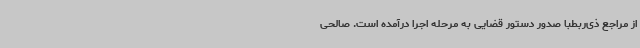
از مراجع ذی‌ربطبا صدور دستور قضایی به مرحله اجرا درآمده است. صالحی